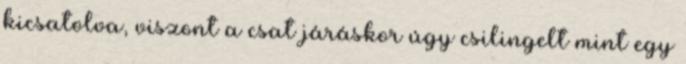
kicsatolva, viszont a csat járáskor úgy csilingelt mint egy